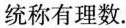
统称有理数.